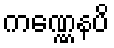
ကဏ္ဏေနပိ